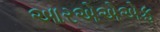
આરએએએફ